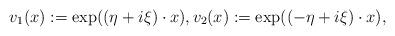
LaTeX: \begin{align*}v_1(x):=\exp((\eta +i\xi)\cdot x), v_2(x):=\exp((-\eta+i\xi)\cdot x),\end{align*}